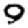
Digit: 9